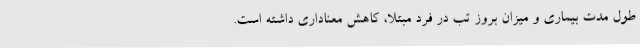
طول مدت بیماری و میزان بروز تب در فرد مبتلا، کاهش معناداری داشته است.